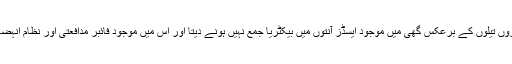
مدافعتی نظام: دوسروں تیلوں کے برعکس گھی میں موجود ایسڈز آنتوں میں بیکٹریا جمع نہیں ہونے دیتا اور اس میں موجود فائبر مدافعتی اور نظام انہضام کو بہتر بناتا ہے۔